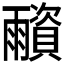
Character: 𩆂